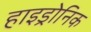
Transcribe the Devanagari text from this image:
हाइड्रोनिक